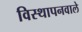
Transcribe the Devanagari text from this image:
विस्थापनवाले